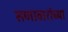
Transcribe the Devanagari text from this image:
सणावारांच्या